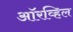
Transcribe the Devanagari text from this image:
ऑरव्हिल